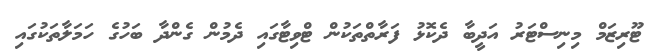
ޓޫރިޒަމް މިނިސްޓަރު އަދީބާ ދެކޮޅު ފަރާތްތަކުން ޓްވިޓާގައި ދެމުން ގެންދާ ބަހުގެ ހަމަލާތަކުގައި